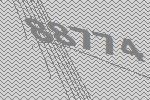
88774